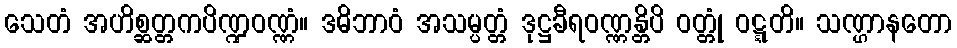
သေတံ အဟိစ္ဆတ္တကပိဏ္ဍဝဏ္ဏံ။ ဒဓိဘာဝံ အသမ္ပတ္တံ ဒုဋ္ဌခီရဝဏ္ဏန္တိပိ ဝတ္တုံ ဝဋ္ဋတိ။ သဏ္ဌာနတော